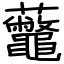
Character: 虌